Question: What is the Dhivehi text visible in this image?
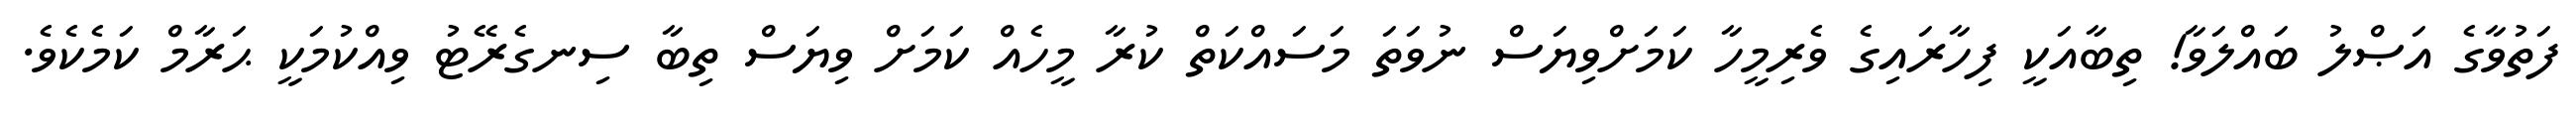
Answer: ފަތުވާގެ އަޞްލު ބައްލަވާ! ތިބާއަކީ ފިހާރައިގެ ވެރިމީހާ ކަމަށްވިޔަސް ނުވަތަ މަސައްކަތް ކުރާ މީހެއް ކަމަށް ވިޔަސް ތިބާ ސިނގެރޭޓު ވިއްކުމަކީ ޙަރާމް ކަމެކެވެ.